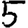
Digit: 5